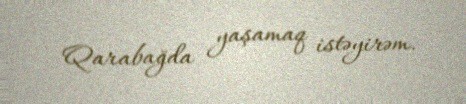
Qarabağda yaşamaq istəyirəm.